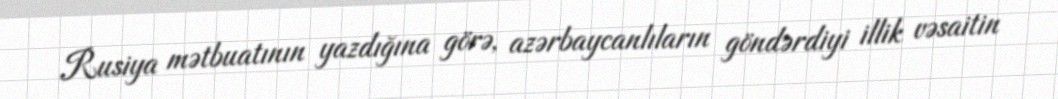
Rusiya mətbuatının yazdığına görə, azərbaycanlıların göndərdiyi illik vəsaitin